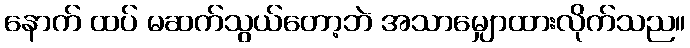
နောက် ထပ် မဆက်သွယ်တော့ဘဲ အသာမျှောထားလိုက်သည။